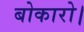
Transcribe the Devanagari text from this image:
बोकारो।